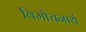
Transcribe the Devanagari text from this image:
विमोचनार्थ